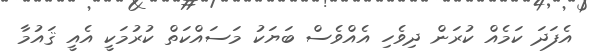
އެފަދަ ކަމެއް ކުރަން ދިވެހި އެއްވެސް ބަޔަކު މަސައްކަތް ކުރުމަކީ އެއީ ޤައުމާ